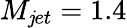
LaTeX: M_{\mathit{j}et}=1.4